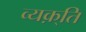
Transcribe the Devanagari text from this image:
व्यक़्ति